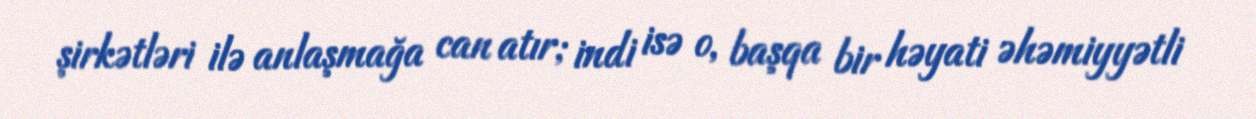
şirkətləri ilə anlaşmağa can atır; indi isə o, başqa bir həyati əhəmiyyətli